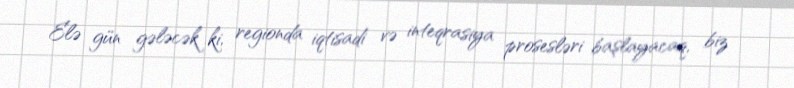
Elə gün gələcək ki, regionda iqtisadi və inteqrasiya prosesləri başlayacaq, biz